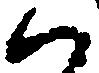
ハ